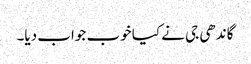
گاندھی جی نے کیا خوب جواب دیا۔